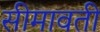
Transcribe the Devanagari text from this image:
सीमावती